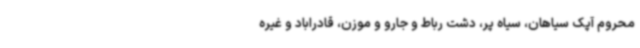
محروم آپک سیاهان، سیاه پر، دشت رباط و جارو و موزن، قادراباد و غیره